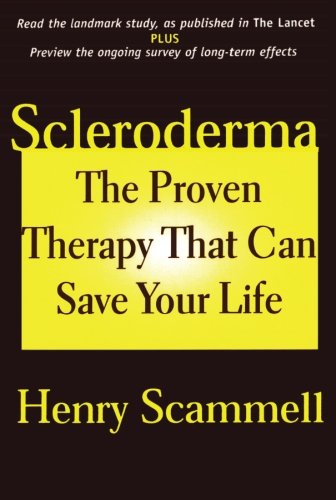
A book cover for Scleroderma: The Proven Therapy that Can Save Your Life; Henry Scammell; Health, Fitness & Dieting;